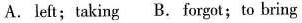
A.left; taking B.forgot; to bring